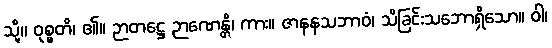
သို့။ ဝုစ္စတိ၊ ၏။ ဉာတဋ္ဌေ ဉာဏေန္တိ၊ ကား။ ဇာနနသဘာဝံ၊ သိခြင်းသဘောရှိသော။ ဝါ၊